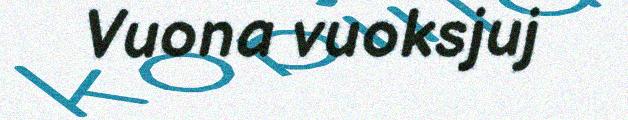
Vuona vuoksjuj